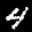
Label: 4